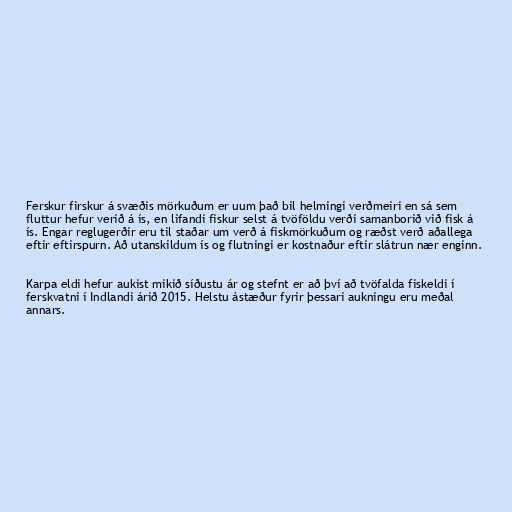
Ferskur firskur á svæðis mörkuðum er uum það bil helmingi verðmeiri en sá sem
fluttur hefur verið á ís, en lifandi fiskur selst á tvöföldu verði samanborið við fisk á
ís. Engar reglugerðir eru til staðar um verð á fiskmörkuðum og ræðst verð aðallega
eftir eftirspurn. Að utanskildum ís og flutningi er kostnaður eftir slátrun nær enginn.

Karpa eldi hefur aukist mikið síðustu ár og stefnt er að því að tvöfalda fiskeldi í
ferskvatni í Indlandi árið 2015. Helstu ástæður fyrir þessari aukningu eru meðal
annars.